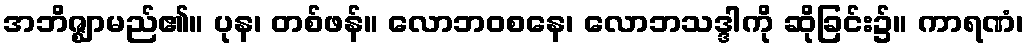
အဘိဇ္ဈာမည်၏။ ပုန၊ တစ်ဖန်။ လောဘဝစနေ၊ လောဘသဒ္ဒါကို ဆိုခြင်း၌။ ကာရဏံ၊